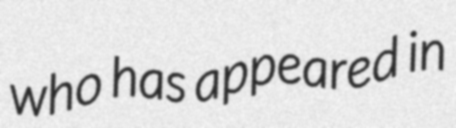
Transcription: who has appeared in